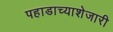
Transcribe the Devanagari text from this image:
पहाडाच्याशेजारी